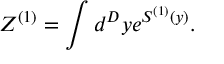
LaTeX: Z ^ { ( 1 ) } = \int d ^ { D } y e ^ { S ^ { ( 1 ) } ( y ) } .